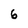
Character: 6